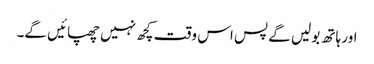
اور ہاتھ بولیں گے پس اس وقت کچھ نہیں چھپائیں گے۔